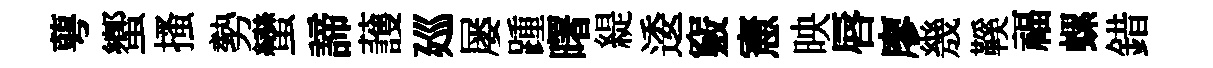
萼蠁搔勢蠻諦䕶廵屡踵曙緹逶竅憲映唇廖㡬鞵福螺錯